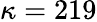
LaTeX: \kappa=219